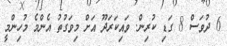
6 ދުވަސް 8 ގަޑި ކުރިން. ވައިކަރަދޫ އަށް މިވަގުތު އެންމެ މުހިންމީ